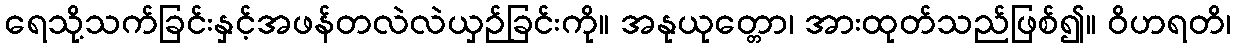
ရေသို့သက်ခြင်းနှင့်အဖန်တလဲလဲယှဉ်ခြင်းကို။ အနုယုတ္တော၊ အားထုတ်သည်ဖြစ်၍။ ဝိဟရတိ၊